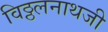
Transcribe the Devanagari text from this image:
विठ्ठलनाथजी